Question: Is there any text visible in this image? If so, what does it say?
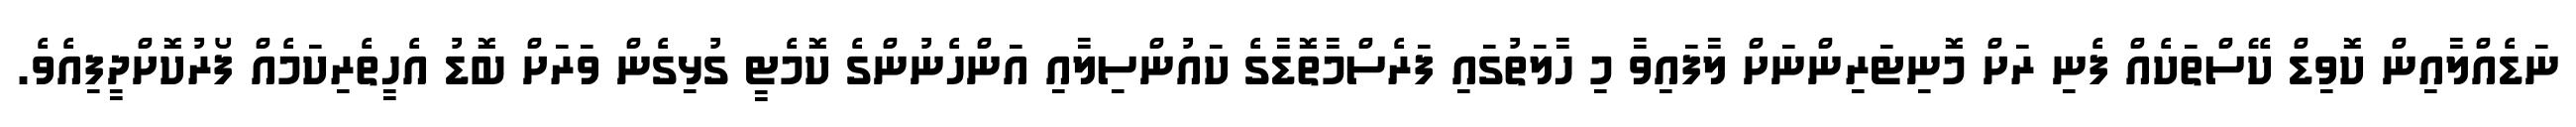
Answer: ނަޑެއްލާއިން ކޮވިޑް ކޭސްތަކެއް ފެނި ރަށް މޮނިޓަރިންނަށް ލާފައިވާ މި ހާލަތުގައި ފަރެސްމާތޮޑާގެ ކައުންސިލާއި އަންހެނުންގެ ކޮމެޓީ ގުޅިގެން ވަރަށް ބޮޑު އެހީތެރިކަމެއް ފޯރުކޮށްދީފިއެވެ.